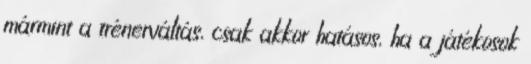
mármint a trénerváltás, csak akkor hatásos, ha a játékosok